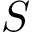
S